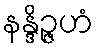
နန္ဒိဉ္ဇဟံ